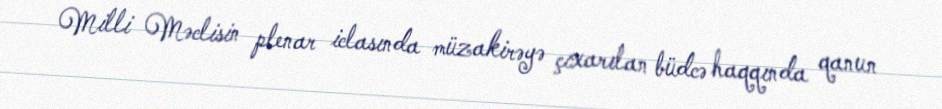
Milli Məclisin plenar iclasında müzakirəyə çıxarılan büdcə haqqında qanun